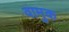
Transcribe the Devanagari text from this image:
वामुक